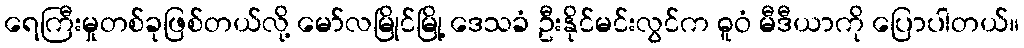
ရေကြီးမှုတစ်ခုဖြစ်တယ်လို့ မော်လမြိုင်မြို့ ဒေသခံ ဦးနိုင်မင်းလွင်က ဓူဝံ မီဒီယာကို ပြောပါတယ်။